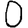
Digit: 0